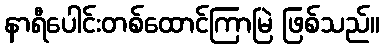
နာရီပေါင်းတစ်ထောင်ကြာမြဲ ဖြစ်သည်။